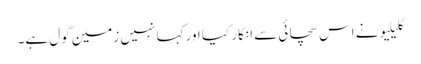
گلیلیو نے اس سچائی سے انکار کیا اور کہا نہیں زمین گول ہے۔